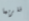
فلربما